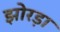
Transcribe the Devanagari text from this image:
झोरड़ा